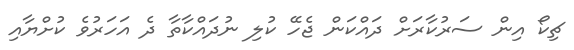
ޗިކޯ އިން ސަރުކާރަށް ދައްކަން ޖެހޭ ކުލި ނުދައްކާތާ ދެ އަހަރުވެ ކުށްޔާއި